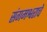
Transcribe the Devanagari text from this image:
संगमश्वराचे